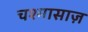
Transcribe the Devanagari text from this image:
चश्मासाज़